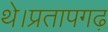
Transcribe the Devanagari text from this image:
थे।प्रतापगढ़